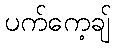
ပက်ကေ့ချ်